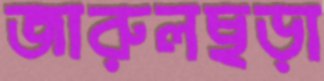
জারুলছড়া